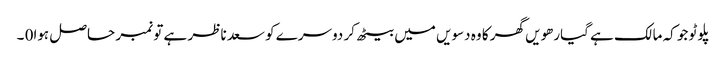
پلوٹو جو کہ مالک ہے گیارھویں گھر کا وہ دسویں میں بیٹھ کر دوسرے کو سعد ناظر ہے تو نمبر حاصل ہوا0 ۔